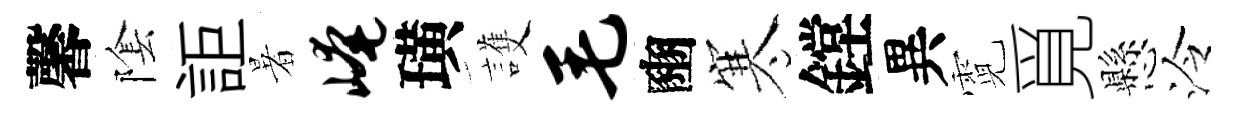
馨隂詎暑崦璜護毛豳寒鏜異霓覓懸泠